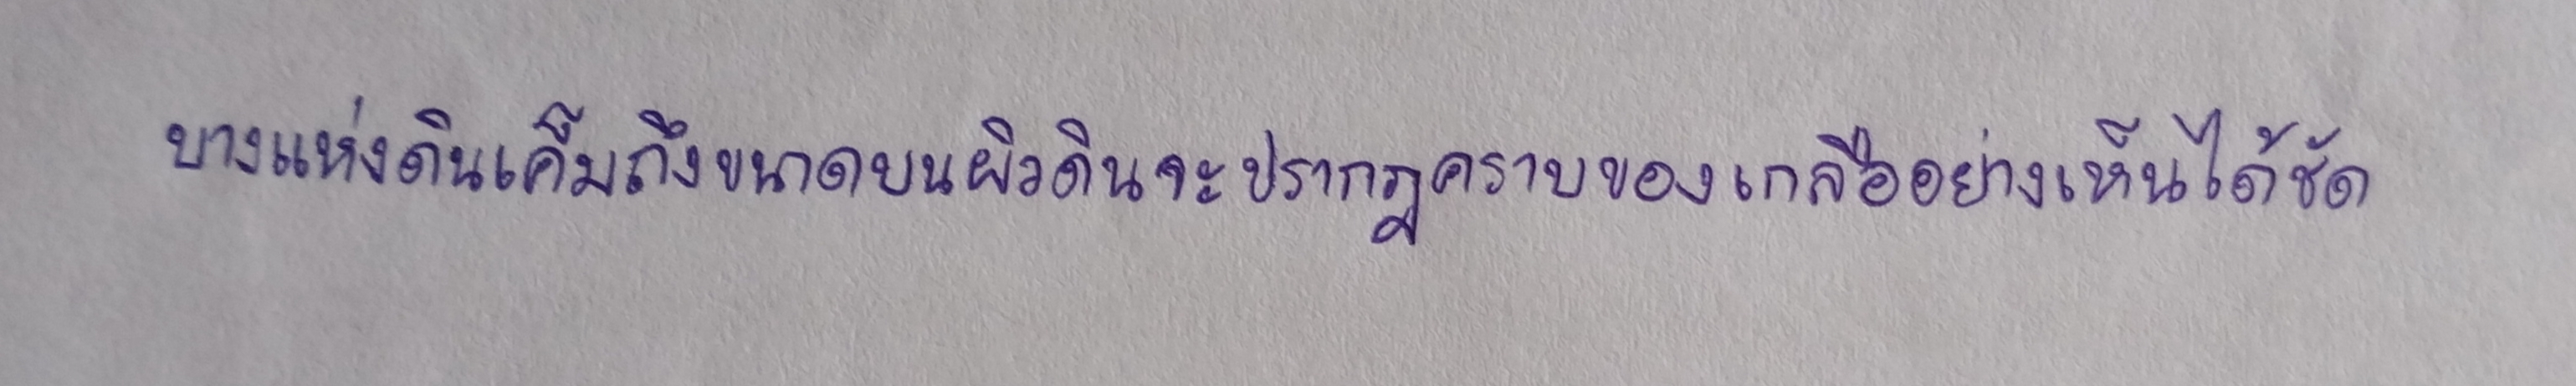
บางแห่งดินเค็มถึงขนาดบนผิวดินจะปรากฏคราบของเกลืออย่างเห็นได้ชัด